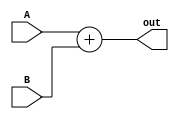
`timescale 1ns / 1ps
//////////////////////////////////////////////////////////////////////////////////
// Company: 
// Engineer: 
// 
// Design Name: 
// Module Name: Adder
// Project Name: 
// Target Devices: 
// Tool Versions: 
// Description: 
// 
// Dependencies: 
// 
// Revision:
// Revision 0.01 - File Created
// Additional Comments:
// 
//////////////////////////////////////////////////////////////////////////////////
module Adder(
  input [63:0] A, B,
  output [63:0] out
);
  assign out = A + B;
endmodule